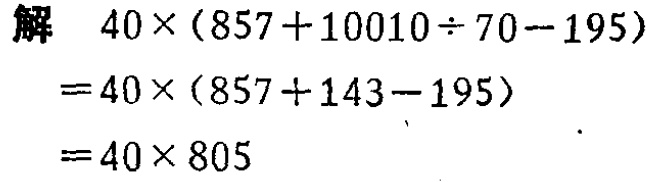
\begin{align*}

\text{解}\quad&40\times(857 + 10010\div70 - 195)\\

=&40\times(857 + 143 - 195)\\

=&40\times805

\end{align*}